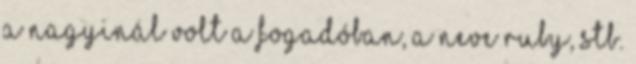
a nagyinál volt a fogadóban, a neve ruby, stb.